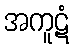
အကူဋံ